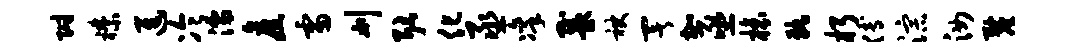
附襟进冷濡旧雷刈耿化丞凛戴袂署加亟榱孰朽傅淙汝厘